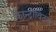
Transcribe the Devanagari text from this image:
कान्ट्रोविट्ज़